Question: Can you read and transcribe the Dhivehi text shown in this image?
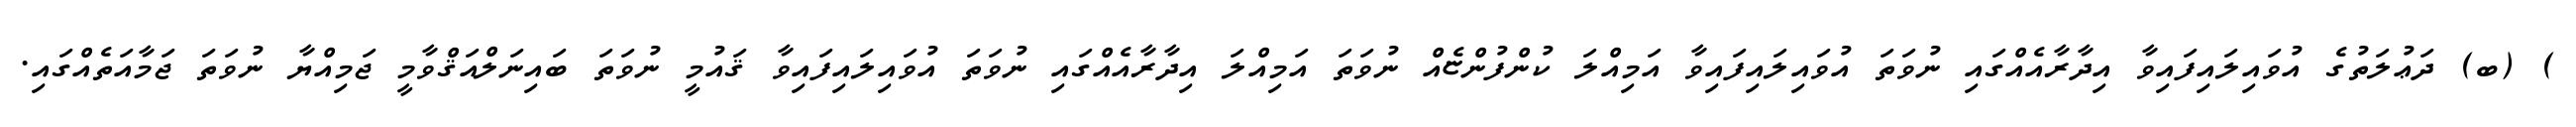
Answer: ) (ބ) ދަޢުލަތުގެ އުވައިލައިފައިވާ އިދާރާއެއްގައި ނުވަތަ އުވައިލައިފައިވާ އަމިއްލަ ކުންފުންޏެއް ނުވަތަ އަމިއްލަ އިދާރާއެއްގައި ނުވަތަ އުވައިލައިފައިވާ ޤައުމީ ނުވަތަ ބައިނަލްއަޤްވާމީ ޖަމިއްޔާ ނުވަތަ ޖަމާއަތެއްގައި.